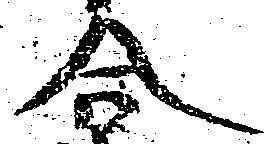
合